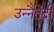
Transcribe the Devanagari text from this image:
उन्नैतेदी